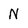
Character: N